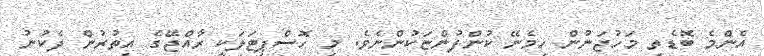
އެންމެ ބޮޑެތި މަހުޖަނުން ހިމެނޭ ކުންފުންޏަކުންނެވެ. މި ހޮސްޕިޓަލަކީ ރާއްޖޭގެ އިތުރުން ދެކުނު